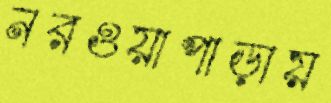
নরওয়াপাড়ায়